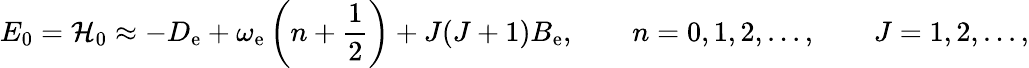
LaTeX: E_{0}={\cal H}_{0}\approx-D_{\mathrm{e}}+\omega_{\mathrm{e}}\left(n+\frac{1}{2}\right)+J(J+1)B_{\mathrm{e}},\qquad n=0,1,2,...,\qquad J=1,2,...,